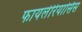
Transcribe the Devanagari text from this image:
फायलेरियासिस